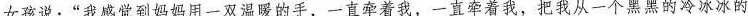
女孩说：“我感觉到妈妈用一双温暖的手，一直牵着我，一直牵着我，把我从一个黑黑的冷冰冰的